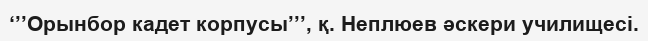
‘’’Орынбор кадет корпусы’’’, қ. Неплюев әскери училищесі.